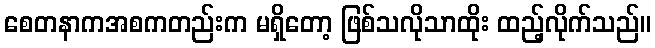
စေတနာကအစကတည်းက မရှိတော့ ဖြစ်သလိုသာထိုး ထည့်လိုက်သည်။